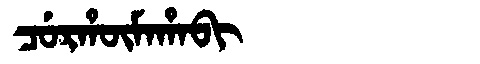
Manchu: ᠴᡠᡵᡥᡡᠮᠠᡥᠠᠪᡳ
Romanization: CURHŪMAHABI